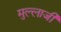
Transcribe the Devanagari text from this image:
मुल्लाजी